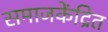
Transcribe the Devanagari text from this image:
समाजकेंद्रित